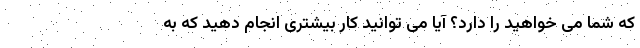
که شما می خواهید را دارد؟ آیا می توانید کار بیشتری انجام دهید که به